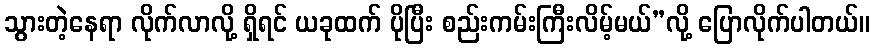
သွားတဲ့နေရာ လိုက်လာလို့ ရှိရင် ယခုထက် ပိုပြီး စည်းကမ်းကြီးလိမ့်မယ်”လို့ ပြောလိုက်ပါတယ်။